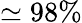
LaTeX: \simeq 98\%